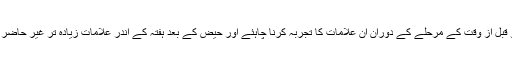
خواتین کو قبل از وقت کے مرحلے کے دوران ان علامات کا تجربہ کرنا چاہئے اور حیض کے بعد ہفتہ کے اندر علامات زیادہ تر غیر حاضر رہنا چاہ.۔